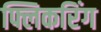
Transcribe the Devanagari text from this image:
फ्लिकरिंग